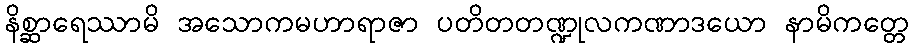
နိစ္ဆာရေဿာမိ အသောကမဟာရာဇာ ပတိတတဏ္ဍုလကဏာဒယော နာမိကတ္တေ